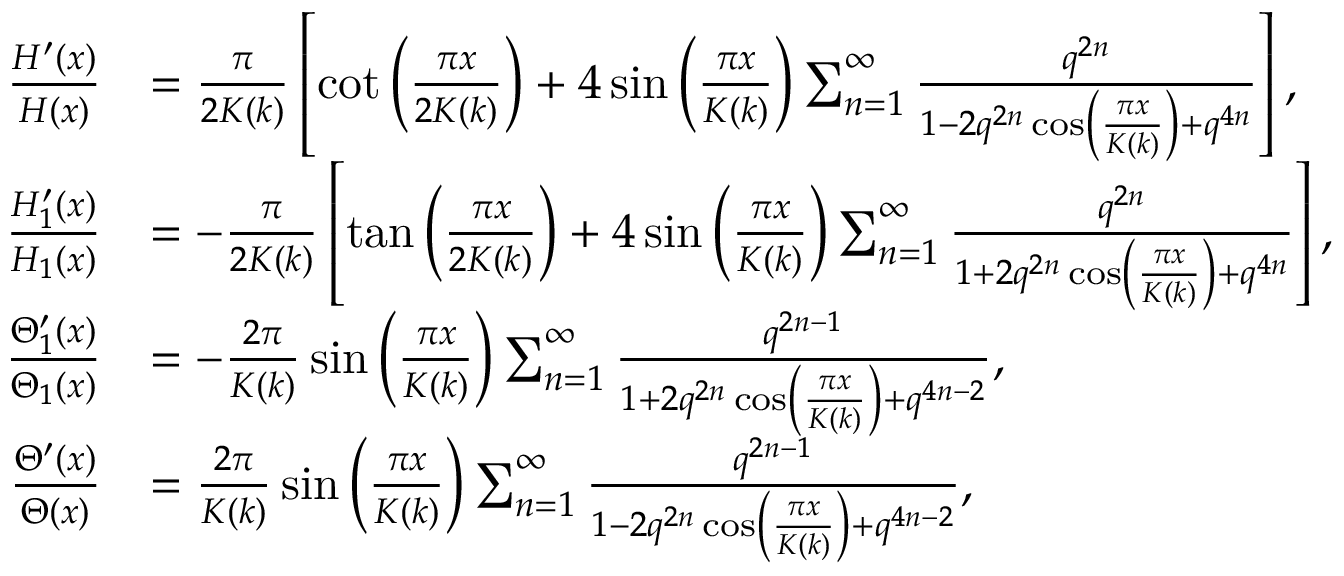
\begin{array} { r l } { \frac { H ^ { \prime } ( x ) } { H ( x ) } } & { = \frac { \pi } { 2 K ( k ) } \left[ \cot \left( \frac { \pi x } { 2 K ( k ) } \right) + 4 \sin \left( \frac { \pi x } { K ( k ) } \right) \sum _ { n = 1 } ^ { \infty } \frac { q ^ { 2 n } } { 1 - 2 q ^ { 2 n } \cos \left( \frac { \pi x } { K ( k ) } \right) + q ^ { 4 n } } \right] , } \\ { \frac { H _ { 1 } ^ { \prime } ( x ) } { H _ { 1 } ( x ) } } & { = - \frac { \pi } { 2 K ( k ) } \left[ \tan \left( \frac { \pi x } { 2 K ( k ) } \right) + 4 \sin \left( \frac { \pi x } { K ( k ) } \right) \sum _ { n = 1 } ^ { \infty } \frac { q ^ { 2 n } } { 1 + 2 q ^ { 2 n } \cos \left( \frac { \pi x } { K ( k ) } \right) + q ^ { 4 n } } \right] , } \\ { \frac { \Theta _ { 1 } ^ { \prime } ( x ) } { \Theta _ { 1 } ( x ) } } & { = - \frac { 2 \pi } { K ( k ) } \sin \left( \frac { \pi x } { K ( k ) } \right) \sum _ { n = 1 } ^ { \infty } \frac { q ^ { 2 n - 1 } } { 1 + 2 q ^ { 2 n } \cos \left( \frac { \pi x } { K ( k ) } \right) + q ^ { 4 n - 2 } } , } \\ { \frac { \Theta ^ { \prime } ( x ) } { \Theta ( x ) } } & { = \frac { 2 \pi } { K ( k ) } \sin \left( \frac { \pi x } { K ( k ) } \right) \sum _ { n = 1 } ^ { \infty } \frac { q ^ { 2 n - 1 } } { 1 - 2 q ^ { 2 n } \cos \left( \frac { \pi x } { K ( k ) } \right) + q ^ { 4 n - 2 } } , } \end{array}